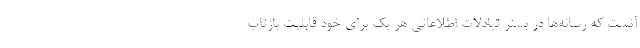
آنست که رسانه‌ها در بستر تبادلات اطلاعاتی هر یک برای خود قابلیت بازتاب